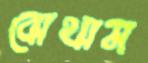
বোথাম